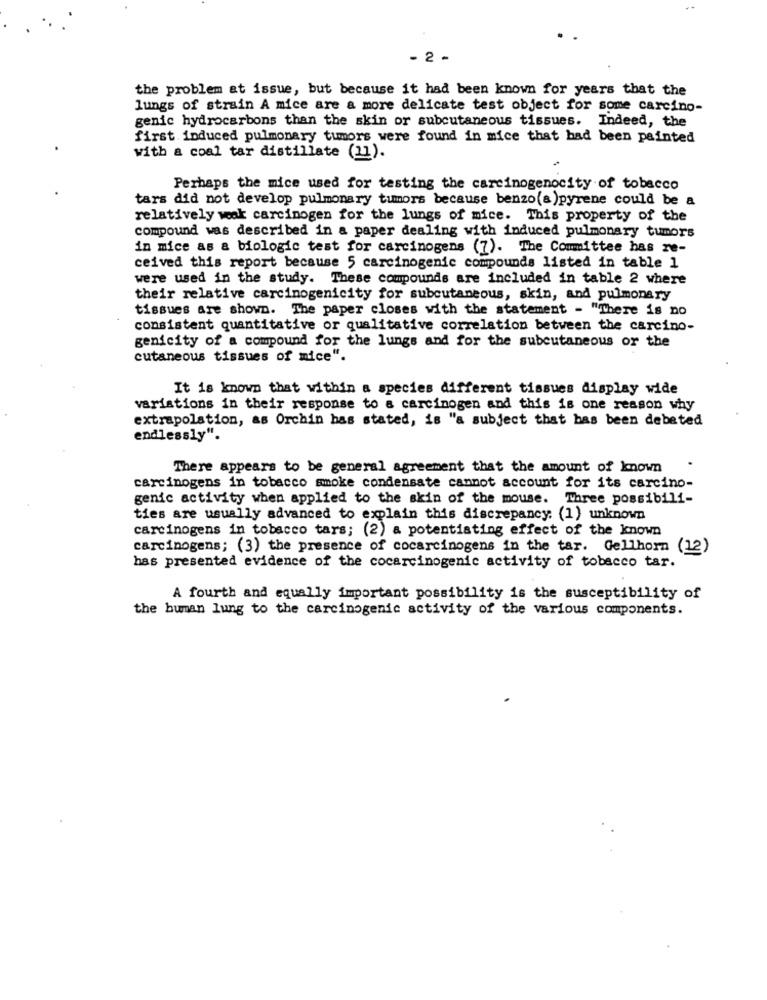
- 2 -
the problem at issue, but because it had been known for years that the
lungs of strain A mice are a more delicate test object for some carcino-
genic hydrocarbons than the skin or subcutaneous tissues. Indeed, the
first induced pulmonary tumors were found in mice that had been painted
with a coal tar distillate (11).
Perhaps the mice used for testing the carcinogenocity of tobacco
tars did not develop pulmonary tumors because benzo(a)pyrene could be a
relatively weak carcinogen for the lungs of mice. This property of the
compound was described in a paper dealing with induced pulmonary tumors
in mice as & biologic test for carcinogens (7). The Committee has ze-
ceived this report because 5 carcinogenic compounds listed in table 1
were used in the study. These compounds are included in table 2 where
their relative carcinogenicity for subcutaneous, skin, and pulmonary
tissues are shown. The paper closes with the statement - "There is no
consistent quantitative or qualitative correlation between the carcino-
genicity of a compound for the lungs and for the subcutaneous or the
cutaneous tissues of mice".
It is known that within a species different tissues display wide
variations in their response to a carcinogen and this is one reason why
extrapolation, as Orchin has stated, is "a subject that bas been debated
endlessly".
There appears to be general agreement that the amount of known
carcinogens in tobacco smoke condensate cannot account for its carcino-
genic activity when applied to the skin of the mouse. Three possibili-
ties are usually advanced to explain this discrepancy: (1) unknown
carcinogens in tobacco tars; (2) a potentiating effect of the known
carcinogens; (3) the presence of cocarcinogens in the tar. Gellhorn (12)
has presented evidence of the cocarcinogenic activity of tobacco tar.
A fourth and equally important possibility is the susceptibility of
the human lung to the carcinogenic activity of the various components.